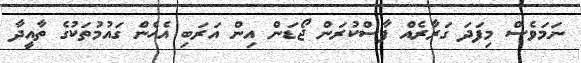
ނަމަވެސް މިފަދަ ގަރާރެއް ފާސްކުރަން ޖޯޑަން އިން އަރަބި އެހެން ގައުމުތަކުގެ ތާއީދާ